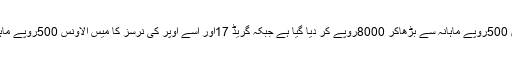
اسی طرح گریڈ 16کے نرسز کا میس الاونس 500روپے ماہانہ سے بڑھاکر 8000روپے کر دیا گیا ہے جبکہ گریڈ 17اور اسے اُوپر کی نرسز کا میس الاونس 500روپے ماہانہ سے بڑھاکر 6500روپے کردیا گیا ہے ۔